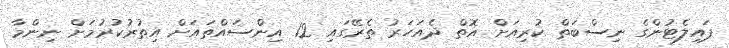
ޕައިލެޓުންގެ ނިސްބަތް ކުރިއަށް އޮތް ދެއަހަރު ތެރޭގައި 12 އިންސައްތައަށް އިތުރުކުރުމަށް ނިންމާ